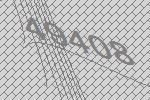
49408